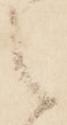
之